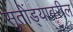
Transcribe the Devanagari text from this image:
सुतोंड्यावरील